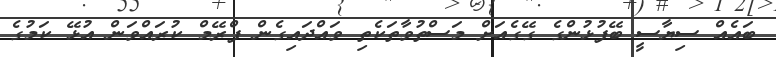
ބައެއް ސިޔާސީ ބޭފުޅުންގެ ގޭގެއަށް މަސްތުވާތަކެތި ވައްދައިގެން ފްރޭމް ކުރައްވަން އުޅޭ ކަމުގެ